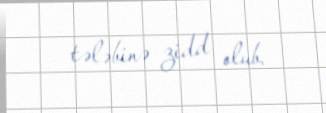
tələbinə zidd olub.